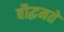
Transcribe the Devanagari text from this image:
बौद्धमते